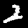
Label: 2